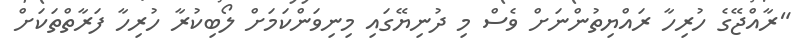
"ރާއްޖޭގެ ހުރިހާ ރައްޔިތުންނަށް ވެސް މި ދުނިޔޭގައި މިނިވަންކަމަށް ލޯބިކުރާ ހުރިހާ ފަރާތްތަކަށް